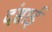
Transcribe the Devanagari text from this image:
दंसाई